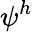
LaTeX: \psi^{h}